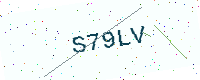
Text: S79LV